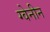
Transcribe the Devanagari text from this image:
ग्वेनीन